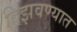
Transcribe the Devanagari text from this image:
विझवण्यात